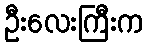
ဦးလေးကြီးက